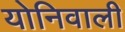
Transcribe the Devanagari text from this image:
योनिवाली